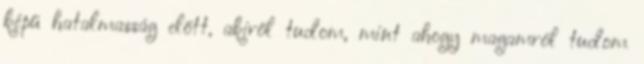
képű hatalmasság előtt, akiről tudom, mint ahogy magamról tudom